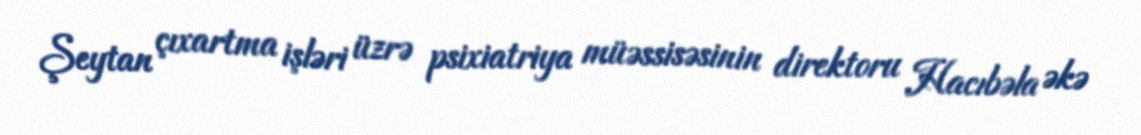
Şeytan çıxartma işləri üzrə psixiatriya müəssisəsinin direktoru Hacıbəla əkə